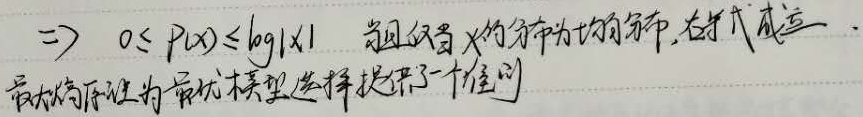
若已知\(X\)的分布为均匀分布，则有\(0 \leq P(x) \leq \log |X|\)成立。最大熵原理为最优模型选择提供了一个准则。